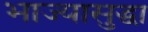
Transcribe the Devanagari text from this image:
भाज्यासुद्धा